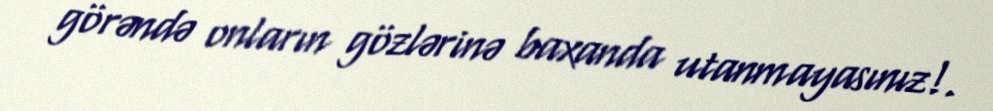
görəndə onların gözlərinə baxanda utanmayasınız!.